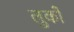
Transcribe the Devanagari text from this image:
लुकों